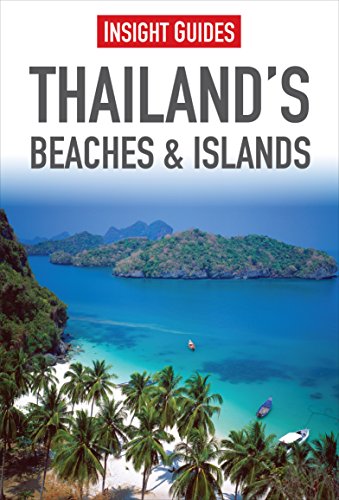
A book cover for Thailand's Beaches & Islands (Regional Guides); Insight Guides; Travel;